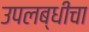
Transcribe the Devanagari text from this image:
उपलब्धीचा